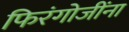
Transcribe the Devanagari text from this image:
फिरंगोजींना